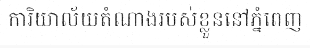
ការិយាល័យតំណាងរបស់ខ្លួននៅភ្នំពេញ